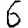
Digit: 6